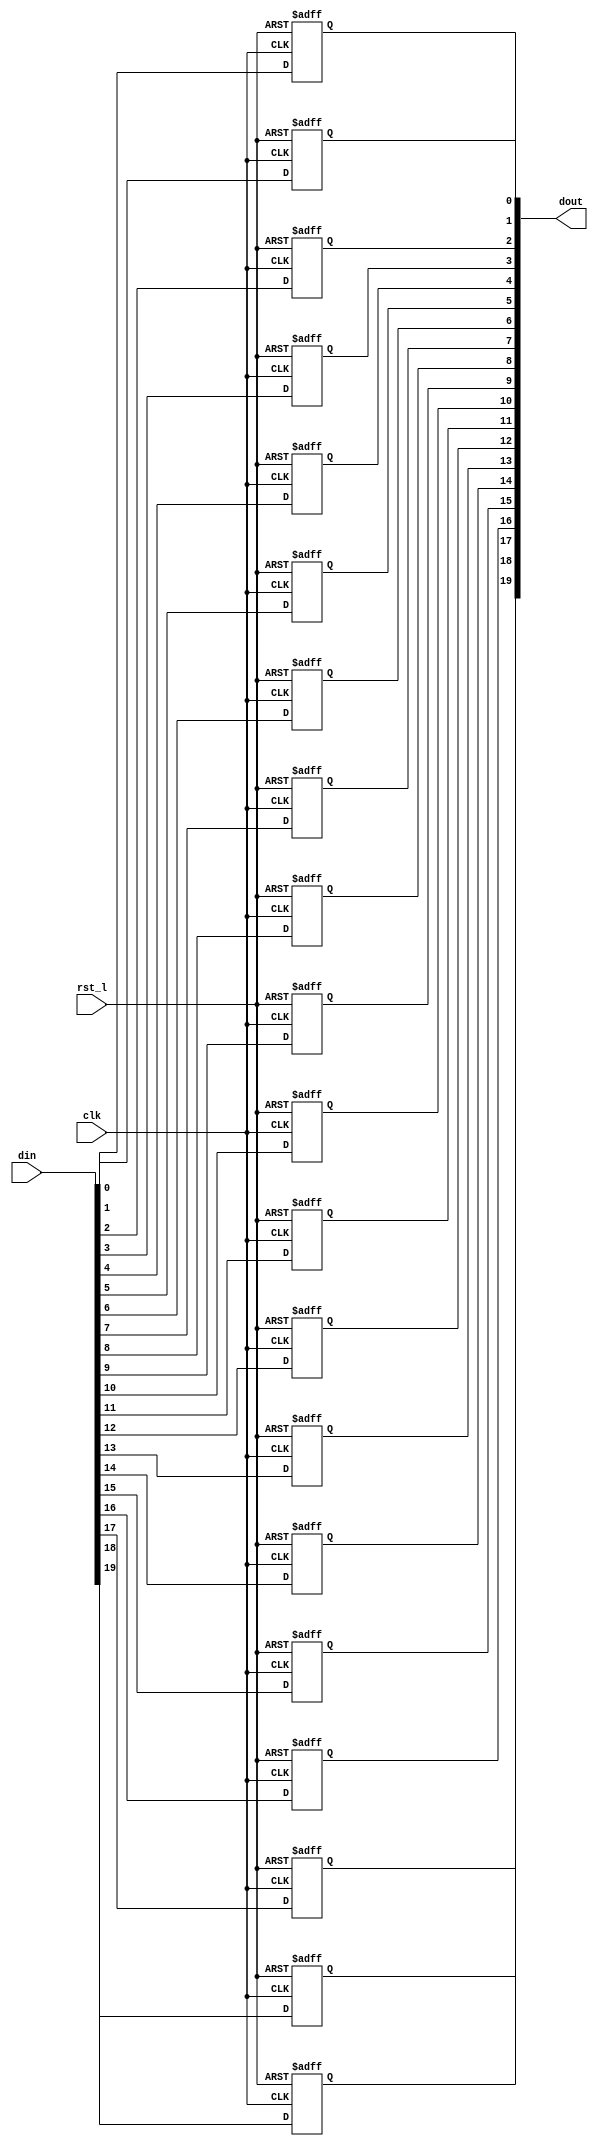
module rvdff_WIDTH20
(
  din,
  clk,
  rst_l,
  dout
);

  input [19:0] din;
  output [19:0] dout;
  input clk;
  input rst_l;
  wire N0;
  reg [19:0] dout;

  always @(posedge clk or posedge N0) begin
    if(N0) begin
      dout[19] <= 1'b0;
    end else if(1'b1) begin
      dout[19] <= din[19];
    end
  end


  always @(posedge clk or posedge N0) begin
    if(N0) begin
      dout[18] <= 1'b0;
    end else if(1'b1) begin
      dout[18] <= din[18];
    end
  end


  always @(posedge clk or posedge N0) begin
    if(N0) begin
      dout[17] <= 1'b0;
    end else if(1'b1) begin
      dout[17] <= din[17];
    end
  end


  always @(posedge clk or posedge N0) begin
    if(N0) begin
      dout[16] <= 1'b0;
    end else if(1'b1) begin
      dout[16] <= din[16];
    end
  end


  always @(posedge clk or posedge N0) begin
    if(N0) begin
      dout[15] <= 1'b0;
    end else if(1'b1) begin
      dout[15] <= din[15];
    end
  end


  always @(posedge clk or posedge N0) begin
    if(N0) begin
      dout[14] <= 1'b0;
    end else if(1'b1) begin
      dout[14] <= din[14];
    end
  end


  always @(posedge clk or posedge N0) begin
    if(N0) begin
      dout[13] <= 1'b0;
    end else if(1'b1) begin
      dout[13] <= din[13];
    end
  end


  always @(posedge clk or posedge N0) begin
    if(N0) begin
      dout[12] <= 1'b0;
    end else if(1'b1) begin
      dout[12] <= din[12];
    end
  end


  always @(posedge clk or posedge N0) begin
    if(N0) begin
      dout[11] <= 1'b0;
    end else if(1'b1) begin
      dout[11] <= din[11];
    end
  end


  always @(posedge clk or posedge N0) begin
    if(N0) begin
      dout[10] <= 1'b0;
    end else if(1'b1) begin
      dout[10] <= din[10];
    end
  end


  always @(posedge clk or posedge N0) begin
    if(N0) begin
      dout[9] <= 1'b0;
    end else if(1'b1) begin
      dout[9] <= din[9];
    end
  end


  always @(posedge clk or posedge N0) begin
    if(N0) begin
      dout[8] <= 1'b0;
    end else if(1'b1) begin
      dout[8] <= din[8];
    end
  end


  always @(posedge clk or posedge N0) begin
    if(N0) begin
      dout[7] <= 1'b0;
    end else if(1'b1) begin
      dout[7] <= din[7];
    end
  end


  always @(posedge clk or posedge N0) begin
    if(N0) begin
      dout[6] <= 1'b0;
    end else if(1'b1) begin
      dout[6] <= din[6];
    end
  end


  always @(posedge clk or posedge N0) begin
    if(N0) begin
      dout[5] <= 1'b0;
    end else if(1'b1) begin
      dout[5] <= din[5];
    end
  end


  always @(posedge clk or posedge N0) begin
    if(N0) begin
      dout[4] <= 1'b0;
    end else if(1'b1) begin
      dout[4] <= din[4];
    end
  end


  always @(posedge clk or posedge N0) begin
    if(N0) begin
      dout[3] <= 1'b0;
    end else if(1'b1) begin
      dout[3] <= din[3];
    end
  end


  always @(posedge clk or posedge N0) begin
    if(N0) begin
      dout[2] <= 1'b0;
    end else if(1'b1) begin
      dout[2] <= din[2];
    end
  end


  always @(posedge clk or posedge N0) begin
    if(N0) begin
      dout[1] <= 1'b0;
    end else if(1'b1) begin
      dout[1] <= din[1];
    end
  end


  always @(posedge clk or posedge N0) begin
    if(N0) begin
      dout[0] <= 1'b0;
    end else if(1'b1) begin
      dout[0] <= din[0];
    end
  end

  assign N0 = ~rst_l;

endmodule